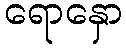
ရောနှော